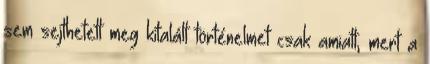
sem sejthetett meg kitalált történelmet csak amiatt, mert a